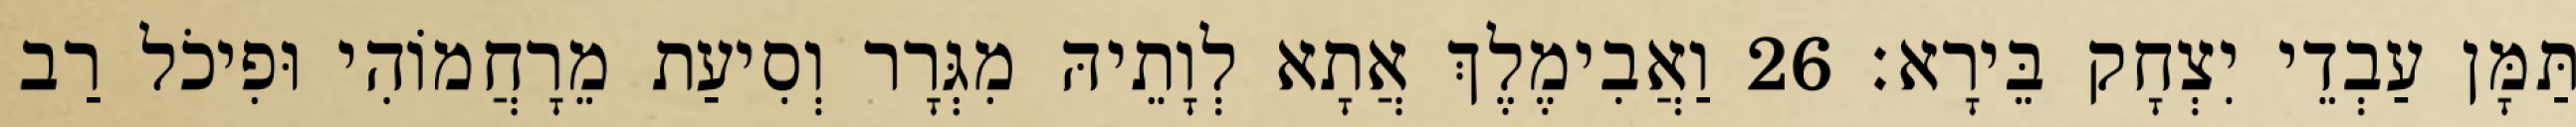
תַּמָּן עַבְדֵי יִצְחָק בֵּירָא׃ 26 וַאֲבִימֶלֶךְ אֲתָא לְוָתֵיהּ מִגְּרָר וְסִיעַת מֵרָחֲמוֹהִי וּפִיכֹל רַב